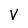
Character: V